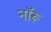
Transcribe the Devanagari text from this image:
नॉरू